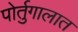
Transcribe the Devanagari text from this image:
पोर्तुगालात